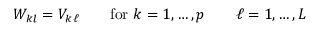
W _ { k l } = V _ { k \ell } \qquad { \mathrm { f o r ~ } } k = 1 , \dots , p \qquad \ell = 1 , \dots , L